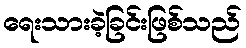
ရေးသားခဲ့ခြင်းဖြစ်သည်